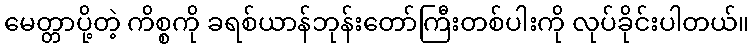
မေတ္တာပို့တဲ့ ကိစ္စကို ခရစ်ယာန်ဘုန်းတော်ကြီးတစ်ပါးကို လုပ်ခိုင်းပါတယ်။